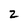
Character: z